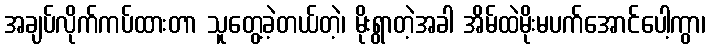
အချပ်လိုက်ကပ်ထားတာ သူတွေ့ခဲ့တယ်တဲ့၊ မိုးရွာတဲ့အခါ အိမ်ထဲမိုးမပက်အောင်ပေါ့ကွာ၊